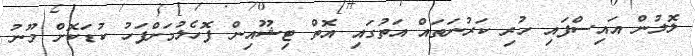
ލޮލުން އައިސްފައި ހުރި ކަރުނަތައް އަތުގައި އޮތް ޓިޝޫއިން ފޮހެލުމަށްފަހު ކުޑަކޮށް މޫނު